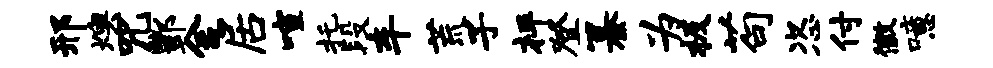
邢燠咒酆舍居喧托段车荒子枰登纂为极苟恣付徽噫